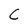
Character: c